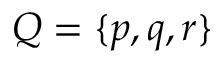
Q = \{ p , q , r \}